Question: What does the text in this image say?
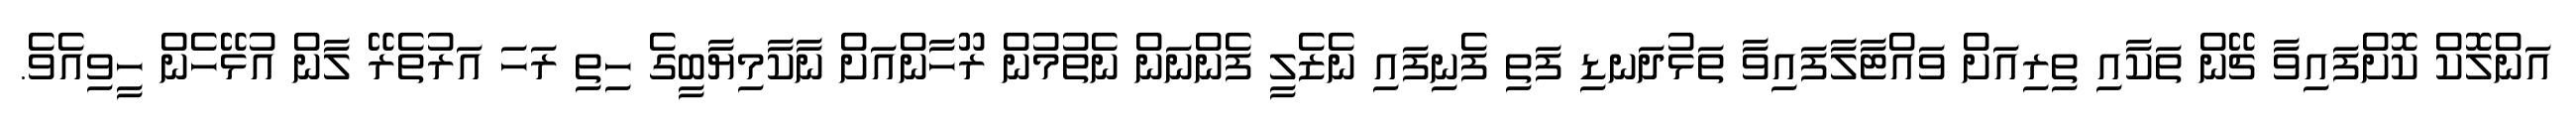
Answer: އަންލޮކް ކޮށްފައިވާ ޗޭން ތަކާއި ތިރިއަށް ވައްޓާލާފައިވާ ތަޅުދަނޑި ފަތި ފެނިފައި ނެޒެލީ ފެންނަން ނެތުމުން ރޫހާންއަށް ނާކާމިޔާބީގެ ހިތި ރަހަ އަރުތެރޭ ލާން އުޅޭހެން ހީވިއެވެ.